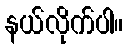
နယ်လိုက်ပါ။